Scottish Leaving Certificate Examination, 1957
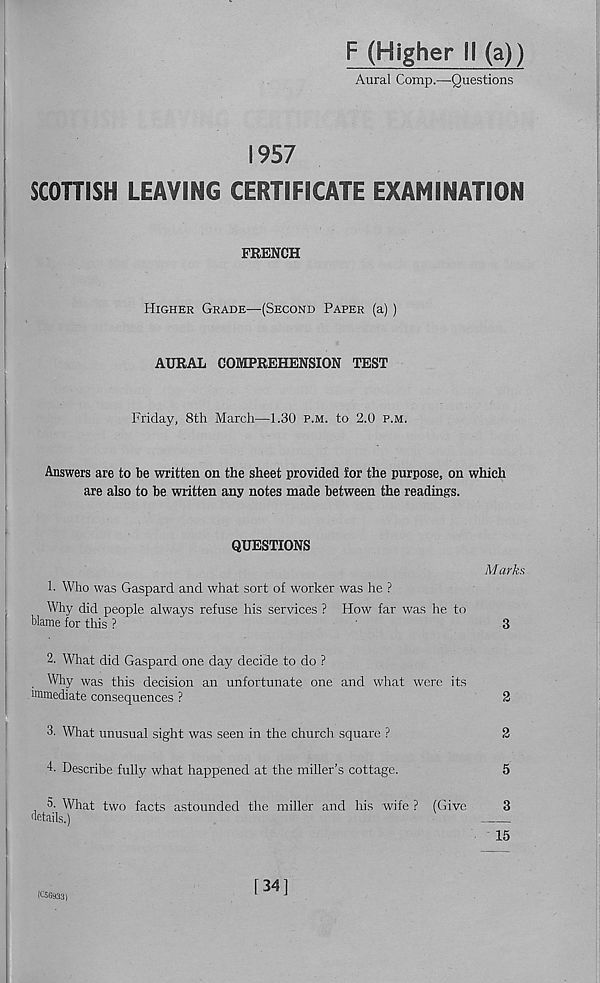
F (Higher II (a))
Aural Comp.—-Questions
1957
SCOTTISH LEAVING CERTIFICATE EXAMINATION
FRENCH
Higher Grade—(Second Paper (a) )
AURAL COMPREHENSION TEST
Friday, 8th March—1.30 p.m. to 2.0 p.m.
Answers are to he written on the sheet provided for the purpose, on which
are also to be written any notes made between the readings.
QUESTIONS
Marks
1. Who was Gaspard and what sort of worker was he ?
Why did people always refuse his services ? How far was he to
blame for this ?
'
3
2. What did Gaspard one day decide to do ?
Why was this decision an unfortunate one and what were its
immediate consequences ?
2
3. What unusual sight was seen in the church square ?
2
4. Describe fully what happened at the miller’s cottage.
5
5. What two facts astounded the miller and his wife ? (Give
3
details.)
15
11150933)
[34]